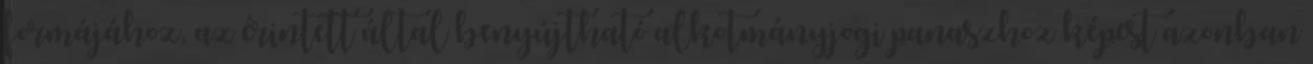
formájához, az érintett által benyújtható alkotmányjogi panaszhoz képest azonban